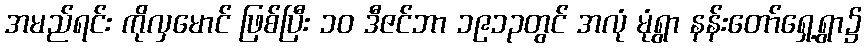
အမည်ရင်း ကိုလှမောင် ဖြစ်ပြီး ၁၀ ဒီဇင်ဘာ ၁၉၁၃တွင် အလုံ မုံရွာ နန်းတော်ရှေ့ရွာ၌